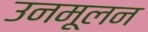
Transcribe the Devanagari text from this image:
उनमूलन